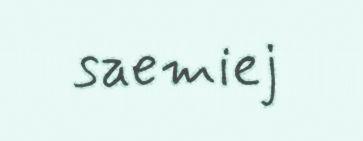
saemiej